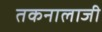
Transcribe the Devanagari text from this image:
तकनालाजी